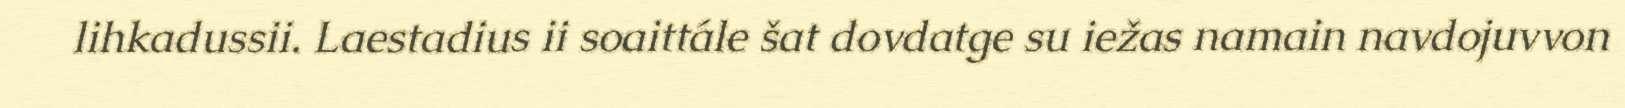
lihkadussii. Laestadius ii soaittále šat dovdatge su iežas namain navdojuvvon